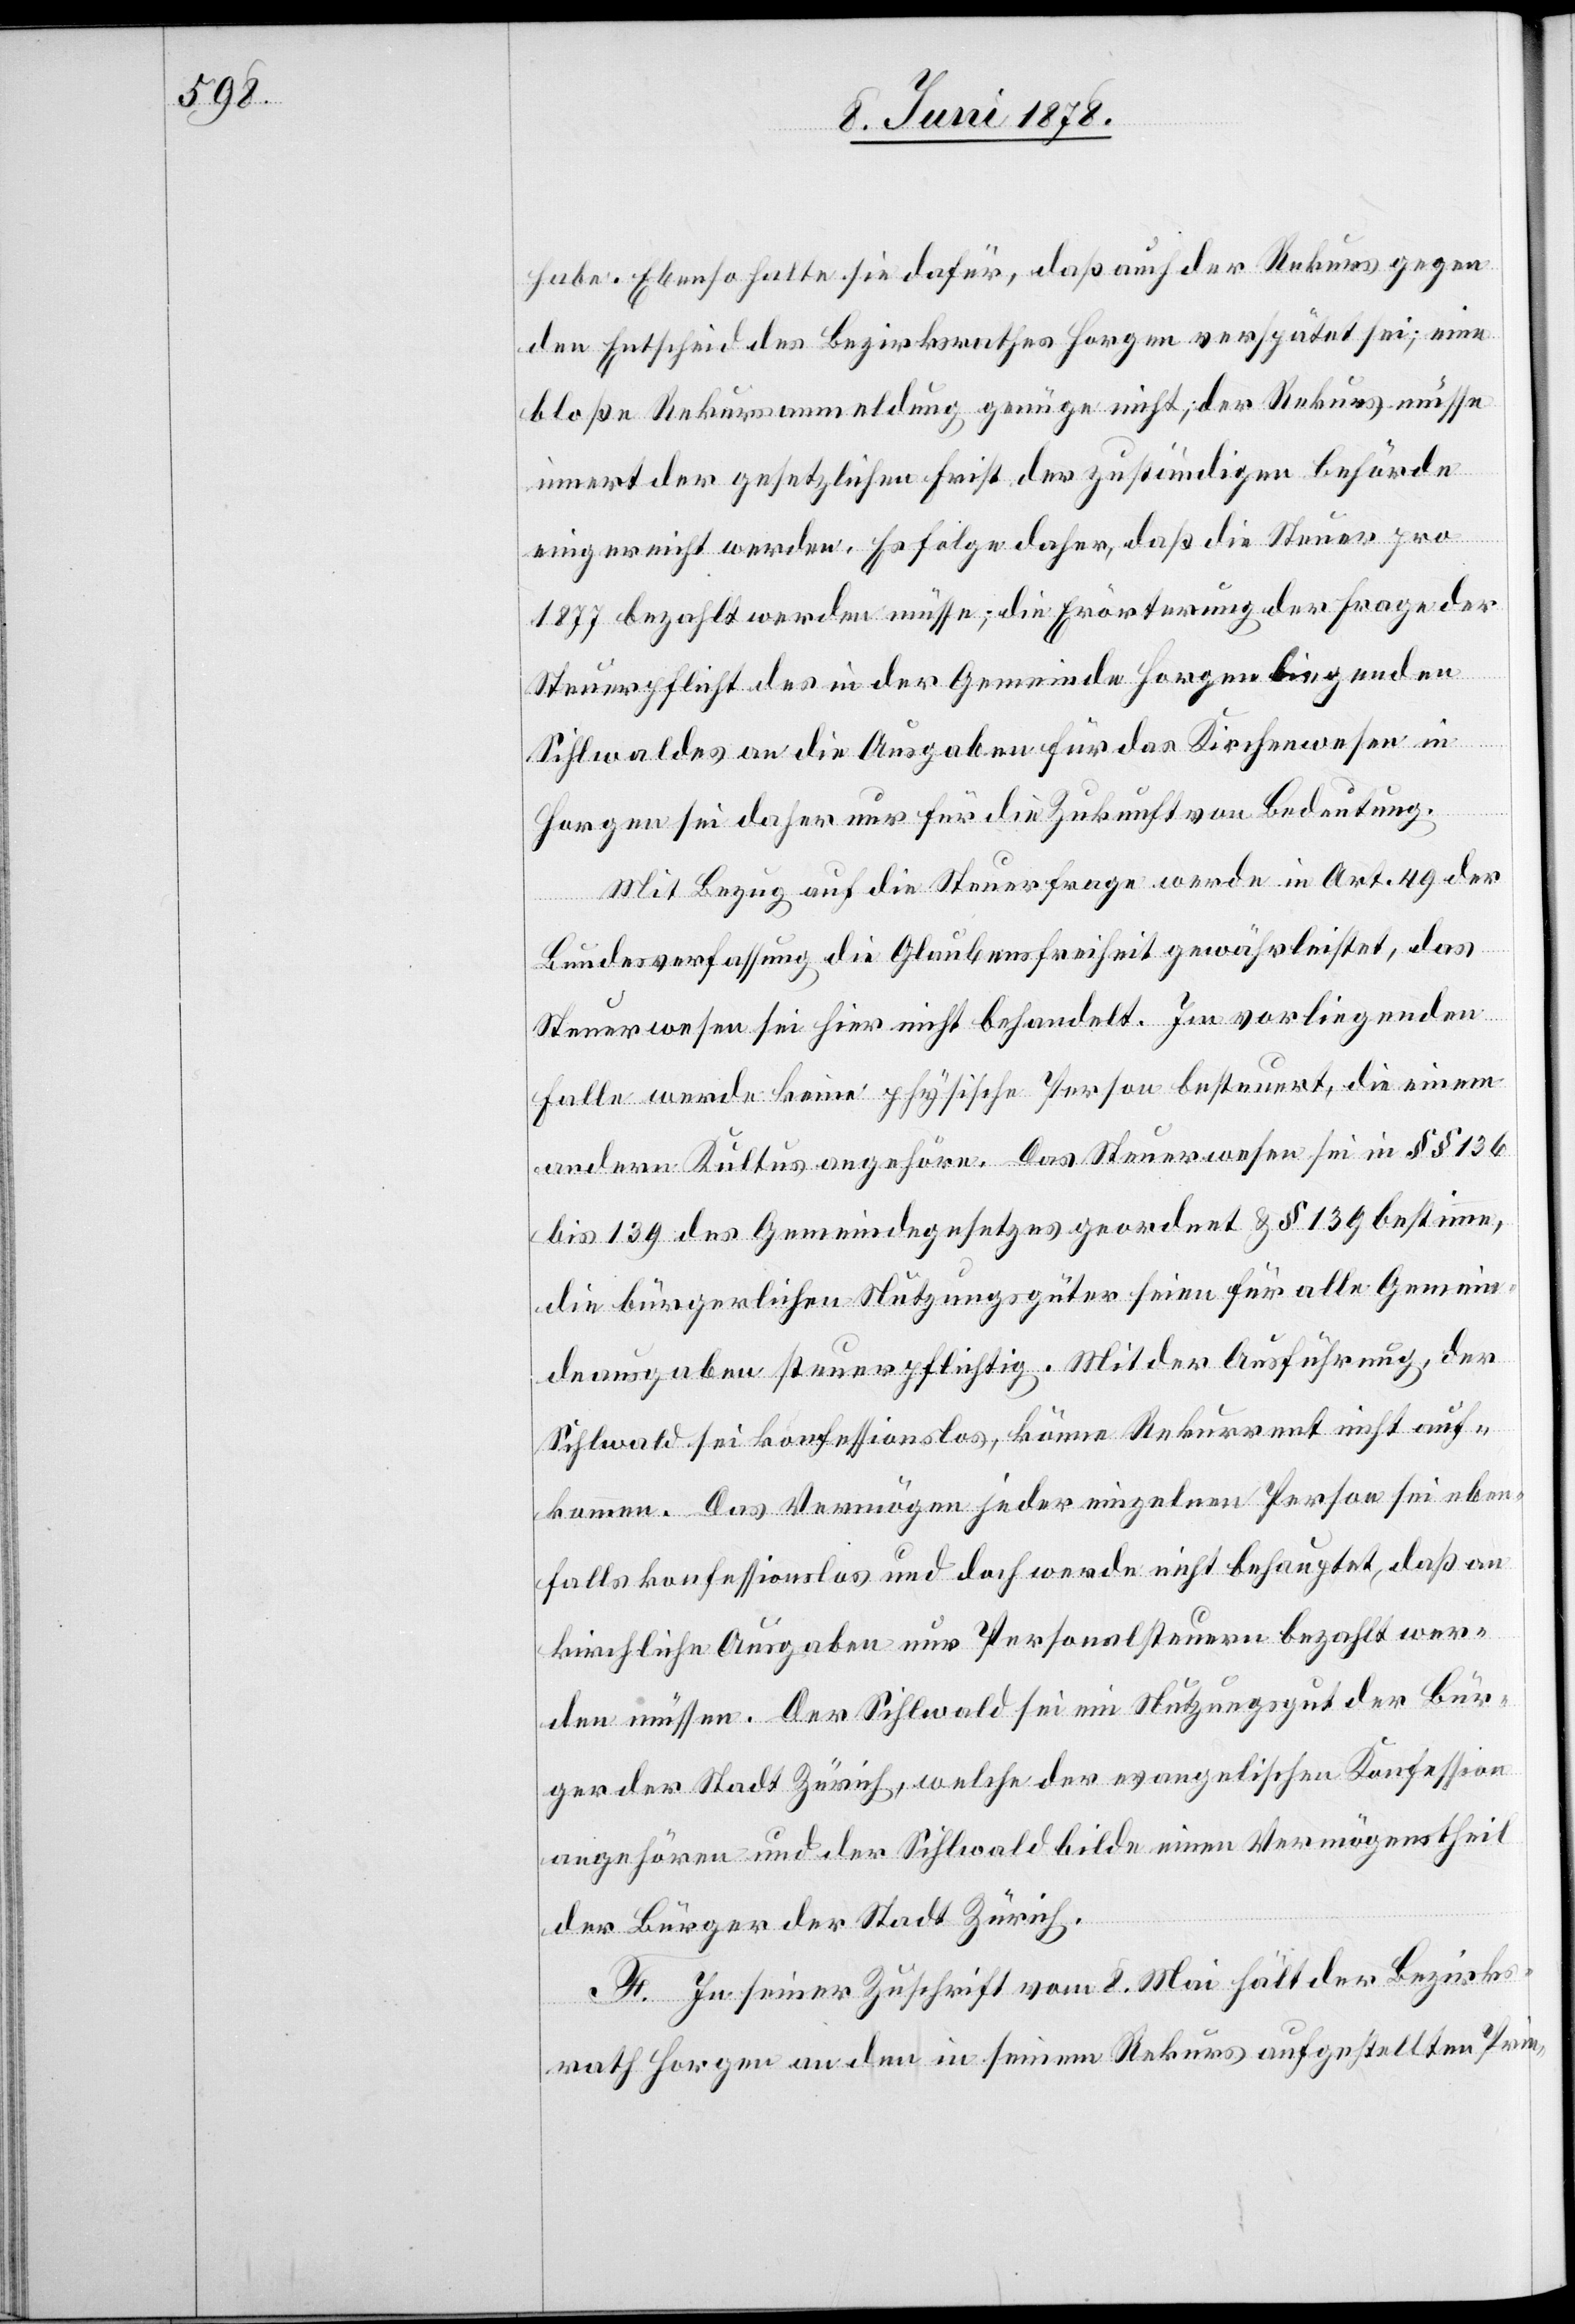
habe. Ebenso halte sie dafür, daß auch der Rekurs gegen
den Entscheid des Bezirksrathes Horgen verspätet sei; eine
bloße Rekursanmeldung genüge nicht, der Rekurs müsse
innert der gesetzlichen Frist der zuständigen Behörde
eingereicht werden. Es folge daher, daß die Steuer pro
1877 bezahlt werden müsse; die Erörterung der Frage der
Steuerpflicht des in der Gemeinde Horgen liegenden
Sihlwaldes an die Ausgaben für das Kirchenwesen in
Horgen sei daher nur für die Zukunft von Bedeutung.
Mit Bezug auf die Steuerfrage werde in Art. 49 der
Bundesverfassung die Glaubensfreiheit gewährleistet, das
Steuerwesen sei hier nicht behandelt. Im vorliegenden
Falle werde keine physische Person besteuert, die einem
andern Kultus angehöre. Das Steuerwesen sei in §§ 136
bis 139 des Gemeindegesetzes geordnet & § 139 bestimme,
die bürgerlichen Nutzungsgüter seien für alle Gemein¬
deausgaben steuerpflichtig. Mit der Ausführung, der
Sihlwald sei konfessionslos, könne Rekurrent nicht auf¬
kommen. Das Vermögen jeder einzelnen Person sei eben¬
falls konfessionslos und doch werde nicht behauptet, daß an
kirchliche Ausgaben nur Personalsteuern bezahlt wer¬
den müssen. Der Sihlwald sei ein Nutzungsgut der Bür¬
ger der Stadt Zürich, welche der evangelischen Konfession
angehören und der Sihlwald bilde einen Vermögenstheil
der Bürger der Stadt Zürich.
F. In seiner Zuschrift vom 8. Mai hält der Bezirks¬
rath Horgen an den in seinem Rekurs aufgestellten Prin-